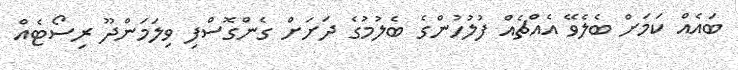
ބައެއް ކަމަށް ބެލެވޭ އެއްޗެއް ފުލުހުންގެ ބެލުމުގެ ދަށަށް ގެންގޮސްފި ވިލަމަންދޫ ރިސޯޓެއް